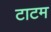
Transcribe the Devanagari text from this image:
टाटम